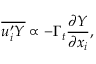
\overline { { u _ { i } ^ { \prime } Y } } \propto - \Gamma _ { t } \frac { \partial Y } { \partial x _ { i } } ,